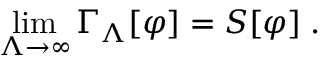
\operatorname * { l i m } _ { \Lambda \rightarrow \infty } \Gamma _ { \Lambda } [ \varphi ] = S [ \varphi ] \; .